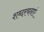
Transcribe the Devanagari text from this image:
शब्दरचनाएं